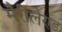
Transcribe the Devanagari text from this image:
मैरीलेण्ड